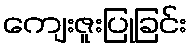
ကျေးဇူးပြုခြင်း